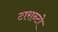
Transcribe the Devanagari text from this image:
टारान्टो